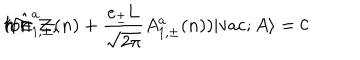
LaTeX: ( i \hat { \Pi } _ { 1 , \pm } ^ { a } ( n ) + \frac { e _ { \pm } \mathrm { L } } { \sqrt { 2 \pi } } A _ { 1 , \pm } ^ { a } ( n ) ) | \mathrm { v a c } ; A \rangle = 0 \hspace { 5 m m } \mathrm { f o r } \hspace { 5 m m } n \in \cal Z ,